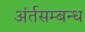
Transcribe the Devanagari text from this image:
अंर्तसम्बन्ध